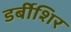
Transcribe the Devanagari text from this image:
डर्बीशिर